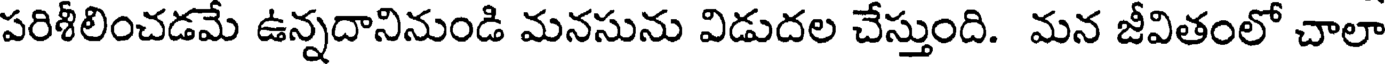
పరిశీలించడమే ఉన్నదానినుండి మనసును విడుదల చేస్తుంది. మన జీవితంలో చాలా